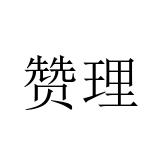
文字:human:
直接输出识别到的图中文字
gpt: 赞理